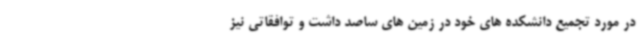
در مورد تجمیع دانشکده های خود در زمین های ساصد داشت و توافقاتی نیز